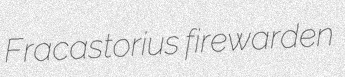
Fracastorius firewarden